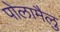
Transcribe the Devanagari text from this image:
पोलामैलु